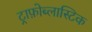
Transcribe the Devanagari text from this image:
ट्राफ़ोब्लास्टिक